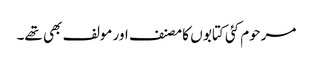
مرحوم کئی کتابو ں کا مصنف اور مولف بھی تھے۔